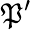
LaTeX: \mathfrak{P}^{\prime}